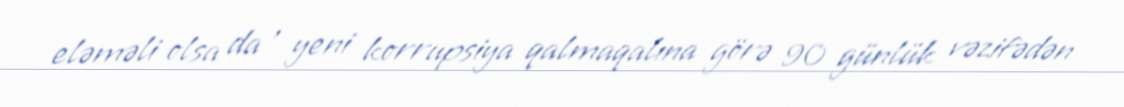
eləməli olsa da , yeni korrupsiya qalmaqalına görə 90 günlük vəzifədən